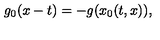
g _ { 0 } ( x - t ) = - g ( x _ { 0 } ( t , x ) ) ,